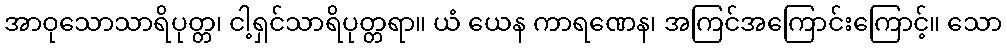
အာဝုသောသာရိပုတ္တ၊ ငါ့ရှင်သာရိပုတ္တရာ။ ယံ ယေန ကာရဏေန၊ အကြင်အကြောင်းကြောင့်။ သော